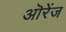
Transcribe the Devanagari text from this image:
ऒरेंज